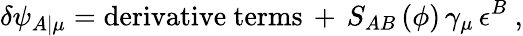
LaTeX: \delta\psi_{A\vert\mu}=\mathrm{derivative~terms}\, +\, S_{AB}\left(\phi\right)\, \gamma_{\mu}\, \epsilon^{B}~,